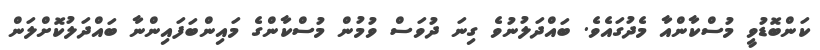
ކަންބޮޑުވީ މުސްކާންއާ މެދުގައެވެ. ބައްދަލުނުވެ ގިނަ ދުވަސް ވުމުން މުސްކާންގެ މައިންބަފައިންނާ ބައްދަލުކޮށްލަން